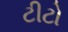
ટીટો